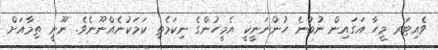
ވެއިޓަރ މީހާ އަގައިން ނުބުނެ ހުންނަނީކީ އެމީހުންގެ ނިކަމެތި ކަމަކުނެއްނޫނެވެ. ނޫނީ ތިމާއަށް